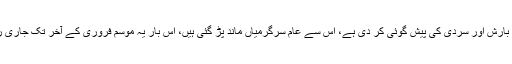
محکمہ موسمیات نے ابھی مزید بارش اور سردی کی پیش گوئی کر دی ہے، اس سے عام سرگرمیاں ماند پڑ گئی ہیں، اس بار یہ موسم فروری کے آخر تک جاری رہنے کا امکان ظاہر کیا گیا ہے۔